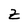
Character: Z